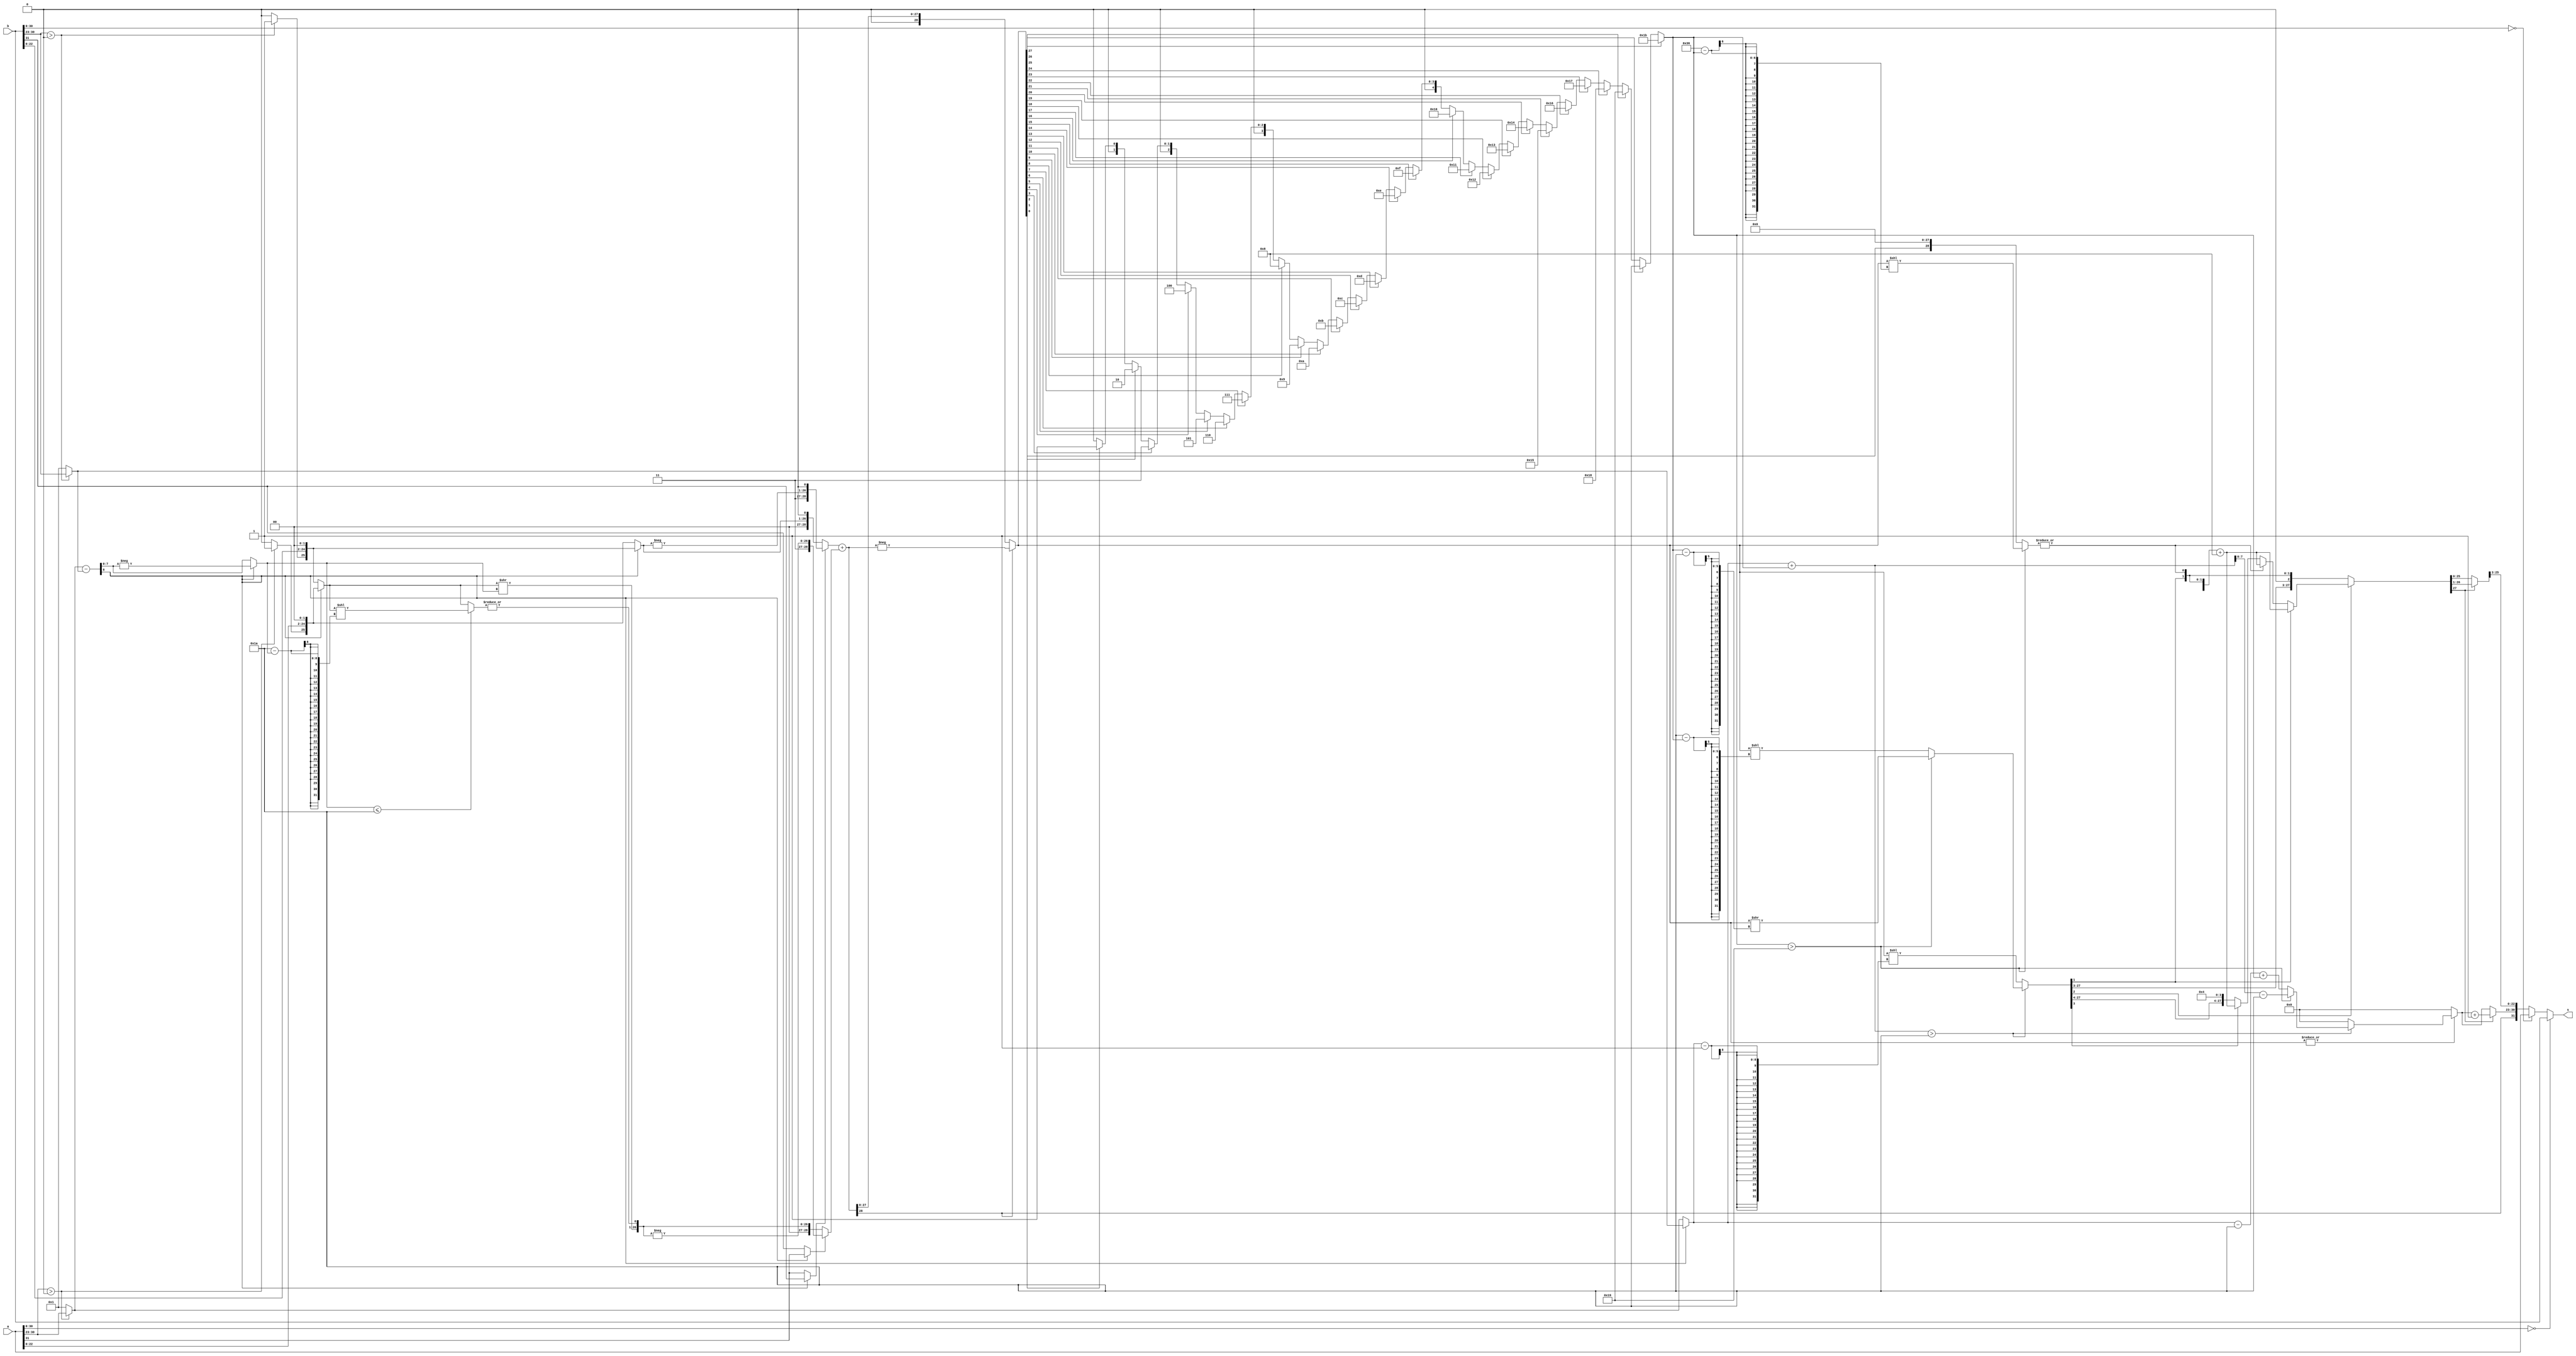
//LAB_2
//MELIKA RAJABI 99101608 
//PARISA TOUMARI 

//----------------------------- Initializing the time unit
`timescale 1ns/1ns
//------------------------------------------------------

module fp_adder (
//----------------------- Port directions and deceleration
   input [31:0] a, 
   input [31:0] b, 
   output [31:0] s
   );
//------------------------------------------------------

//------------------------------------- Wire deceleration
    wire sign_a;
    wire [7:0] E_a;
    wire [7:0]exponent_a;
    wire hidden_a;
    wire [25:0] fraction_a;
    
    wire sign_b;
    wire [7:0] E_b;
    wire [7:0] exponent_b;
    wire hidden_b;
    wire [25:0] fraction_b;

    wire sign_large;
    wire [7:0] exponent_large;
    wire [25:0] fraction_large;
    wire [28:0] FRACTION_LARGE;

    wire sign_small;
    wire [7:0] exponent_small;
    wire [25:0] fraction_small;
    wire [28:0] FRACTION_SMALL;

    wire [26:0] shifted_fraction_small;

    wire [28:0] sum;
    wire [28:0] SUM;
    wire [28:0] normalizedSum;
    wire [28:0] NorSum;
    wire [28:0] NorSumm;
    wire [28:0] Sum;
    wire [28:0] SUMFINAL;

    wire [7:0] Exponent;
    wire [7:0] EXPONENT;
    wire [7:0] EpreFinal;
    wire [7:0] EFinal;
    wire [7:0] EFINAL;

    wire [7:0] subtraction;
    wire [7:0] shift;

    wire [25:0] lostBits;
    wire [28:0] sticky;

    wire [4:0] k;
    wire carry;
//------------------------------------------------------

//------------------------------------ Combinational logic
    assign sign_a = a[31];
    assign sign_b = b[31];

    assign E_a = a[30:23];
    assign E_b = b[30:23];

    assign hidden_a = E_a > 0 ? 1'b1 : 1'b0;
    assign hidden_b = E_b > 0 ? 1'b1 : 1'b0;

    assign exponent_a = E_a > 0 ? a[30:23] : {8'b00000001};
    assign exponent_b = E_b > 0 ? b[30:23] : {8'b00000001};

    assign fraction_a = {hidden_a, a[22:0], 2'b00};
    assign fraction_b = {hidden_b, b[22:0], 2'b00};
    //unpacking the 32-bit number given with respect to the E

    assign {carry, subtraction} = exponent_a - exponent_b;
    //calculating the amount of smaller number's shift

    assign sign_small = carry == 0 ? sign_b : sign_a;  
    assign sign_large = carry == 0 ? sign_a : sign_b;  

    assign exponent_small = carry == 0 ? exponent_b : exponent_a;  
    assign exponent_large = carry == 0 ? exponent_a : exponent_b; 

    assign Exponent = exponent_large;

    assign fraction_small = carry == 0 ? fraction_b : fraction_a;  
    assign fraction_large = carry == 0 ? fraction_a : fraction_b; 
    //swapping numbers in order to know which one is smaller and which one is larger

    assign shift = carry == 0 ? subtraction : -subtraction;

    assign lostBits = shift <= 26 ? fraction_small << (26 - shift) : fraction_small;
    //save bits that are going to be lost 

    assign shifted_fraction_small = {fraction_small >> shift, |lostBits};
    //OR the lost bits and save it in an extra bit at the end

    assign FRACTION_SMALL = sign_small ? {sign_small, sign_small, -shifted_fraction_small} : {sign_small, sign_small, shifted_fraction_small};
    assign FRACTION_LARGE = sign_large ? {sign_large, sign_large, -fraction_large, 1'b0} : {sign_large, sign_large, fraction_large, 1'b0};

    assign sum = FRACTION_LARGE + FRACTION_SMALL;
    //add two numbers with paying attention to extends and G, R, S bits and also the hidden bit

    assign SUM = sum[28] ? -sum : sum;
    //take the absolute value of sum

    assign k = SUM[27] ? 27 :
               SUM[26] ? 26 :
               SUM[25] ? 25 :
               SUM[24] ? 24 :
               SUM[23] ? 23 :
               SUM[22] ? 22 :
               SUM[21] ? 21 :
               SUM[20] ? 20 :
               SUM[19] ? 19 :
               SUM[18] ? 18 :
               SUM[17] ? 17 :
               SUM[16] ? 16 :
               SUM[15] ? 15 :
               SUM[14] ? 14 :
               SUM[13] ? 13 :
               SUM[12] ? 12 :
               SUM[11] ? 11 :
               SUM[10] ? 10 :
               SUM[9] ? 9:
               SUM[8] ? 8 :
               SUM[7] ? 7 :
               SUM[6] ? 6 :
               SUM[5] ? 5 :
               SUM[4] ? 4 :
               SUM[3] ? 3 :
               SUM[2] ? 2 :
               SUM[1] ? 1 : 0;

    assign normalizedSum = k > 25 ? SUM >> (k - 26) : SUM << (26 - k);
    assign EXPONENT = k > 25 ? (Exponent + k - 26 ) : (Exponent - 26 + k);
    //finding the location of the first 1 and shift the number in order to have it in the 3rd place from left

    assign EpreFinal = Exponent + k > 26 ? EXPONENT : 8'b00000000; 
    assign NorSum = Exponent + k > 26 ? normalizedSum : SUM << (Exponent - 1);
    //for denormalized display make the exponent 0 and shift the number back until E is 1

    assign sticky = k > 25 ? SUM << (54-k) : SUM << 28;
    assign NorSumm = {NorSum[28:1], |sticky};

    assign Sum = NorSumm[2] == 0 ? NorSumm :
                 NorSumm[1] == 1 ? (NorSumm + 4'b1000) :
                 NorSumm[0] == 1 ? (NorSumm + 4'b1000) :
                 NorSumm[3] == 0 ? NorSumm : (NorSumm + 4'b1000);
    //round the number with paying attention to the new sticky bit

    assign EFinal = |SUM ? EpreFinal : 8'b00000000;
    //if there is no 1 the exponent and the number are both 0 (denormalized)

    assign SUMFINAL = Sum[27] ? Sum >> 1 : Sum; 
    assign EFINAL =  Sum[27] ? EFinal + 1 : EFinal;
    //renormalize in case of special situations after rounding 

    assign s = (a[30:0] == 0) ? b :
               (b[30:0] == 0) ? a : {sum[28], EFINAL, SUMFINAL[25:3]};
    //packing the sign, exponent and the fractional part
    //pay attention to -0 
//------------------------------------------------------

endmodule